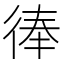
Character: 𢔓